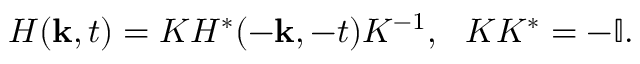
H ( { \bf k } , t ) = K H ^ { * } ( - { \bf k } , - t ) K ^ { - 1 } , ~ ~ K K ^ { * } = - \mathbb { I } .